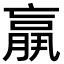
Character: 𦟀